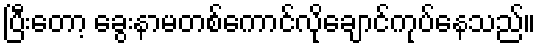
ပြီးတော့ ခွေးနာမတစ်ကောင်လိုချောင်ကုပ်နေသည်။